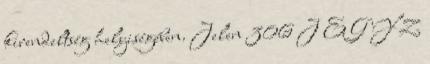
kirendeltség helyiségében. Jelen 306 J E G Y Z